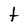
Character: t